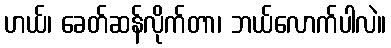
ဟယ်၊ ခေတ်ဆန်လိုက်တာ၊ ဘယ်လောက်ပါလဲ။